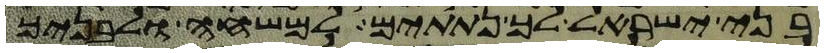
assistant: בני ישראל לך נתתים למשחה ולבניך